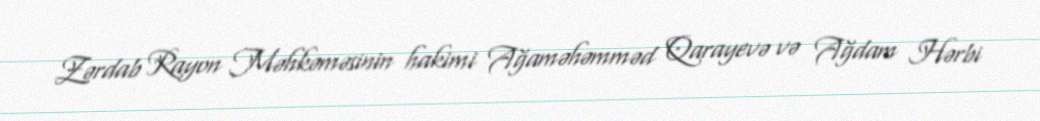
Zərdab Rayon Məhkəməsinin hakimi Ağaməhəmməd Qarayevə və Ağdam Hərbi